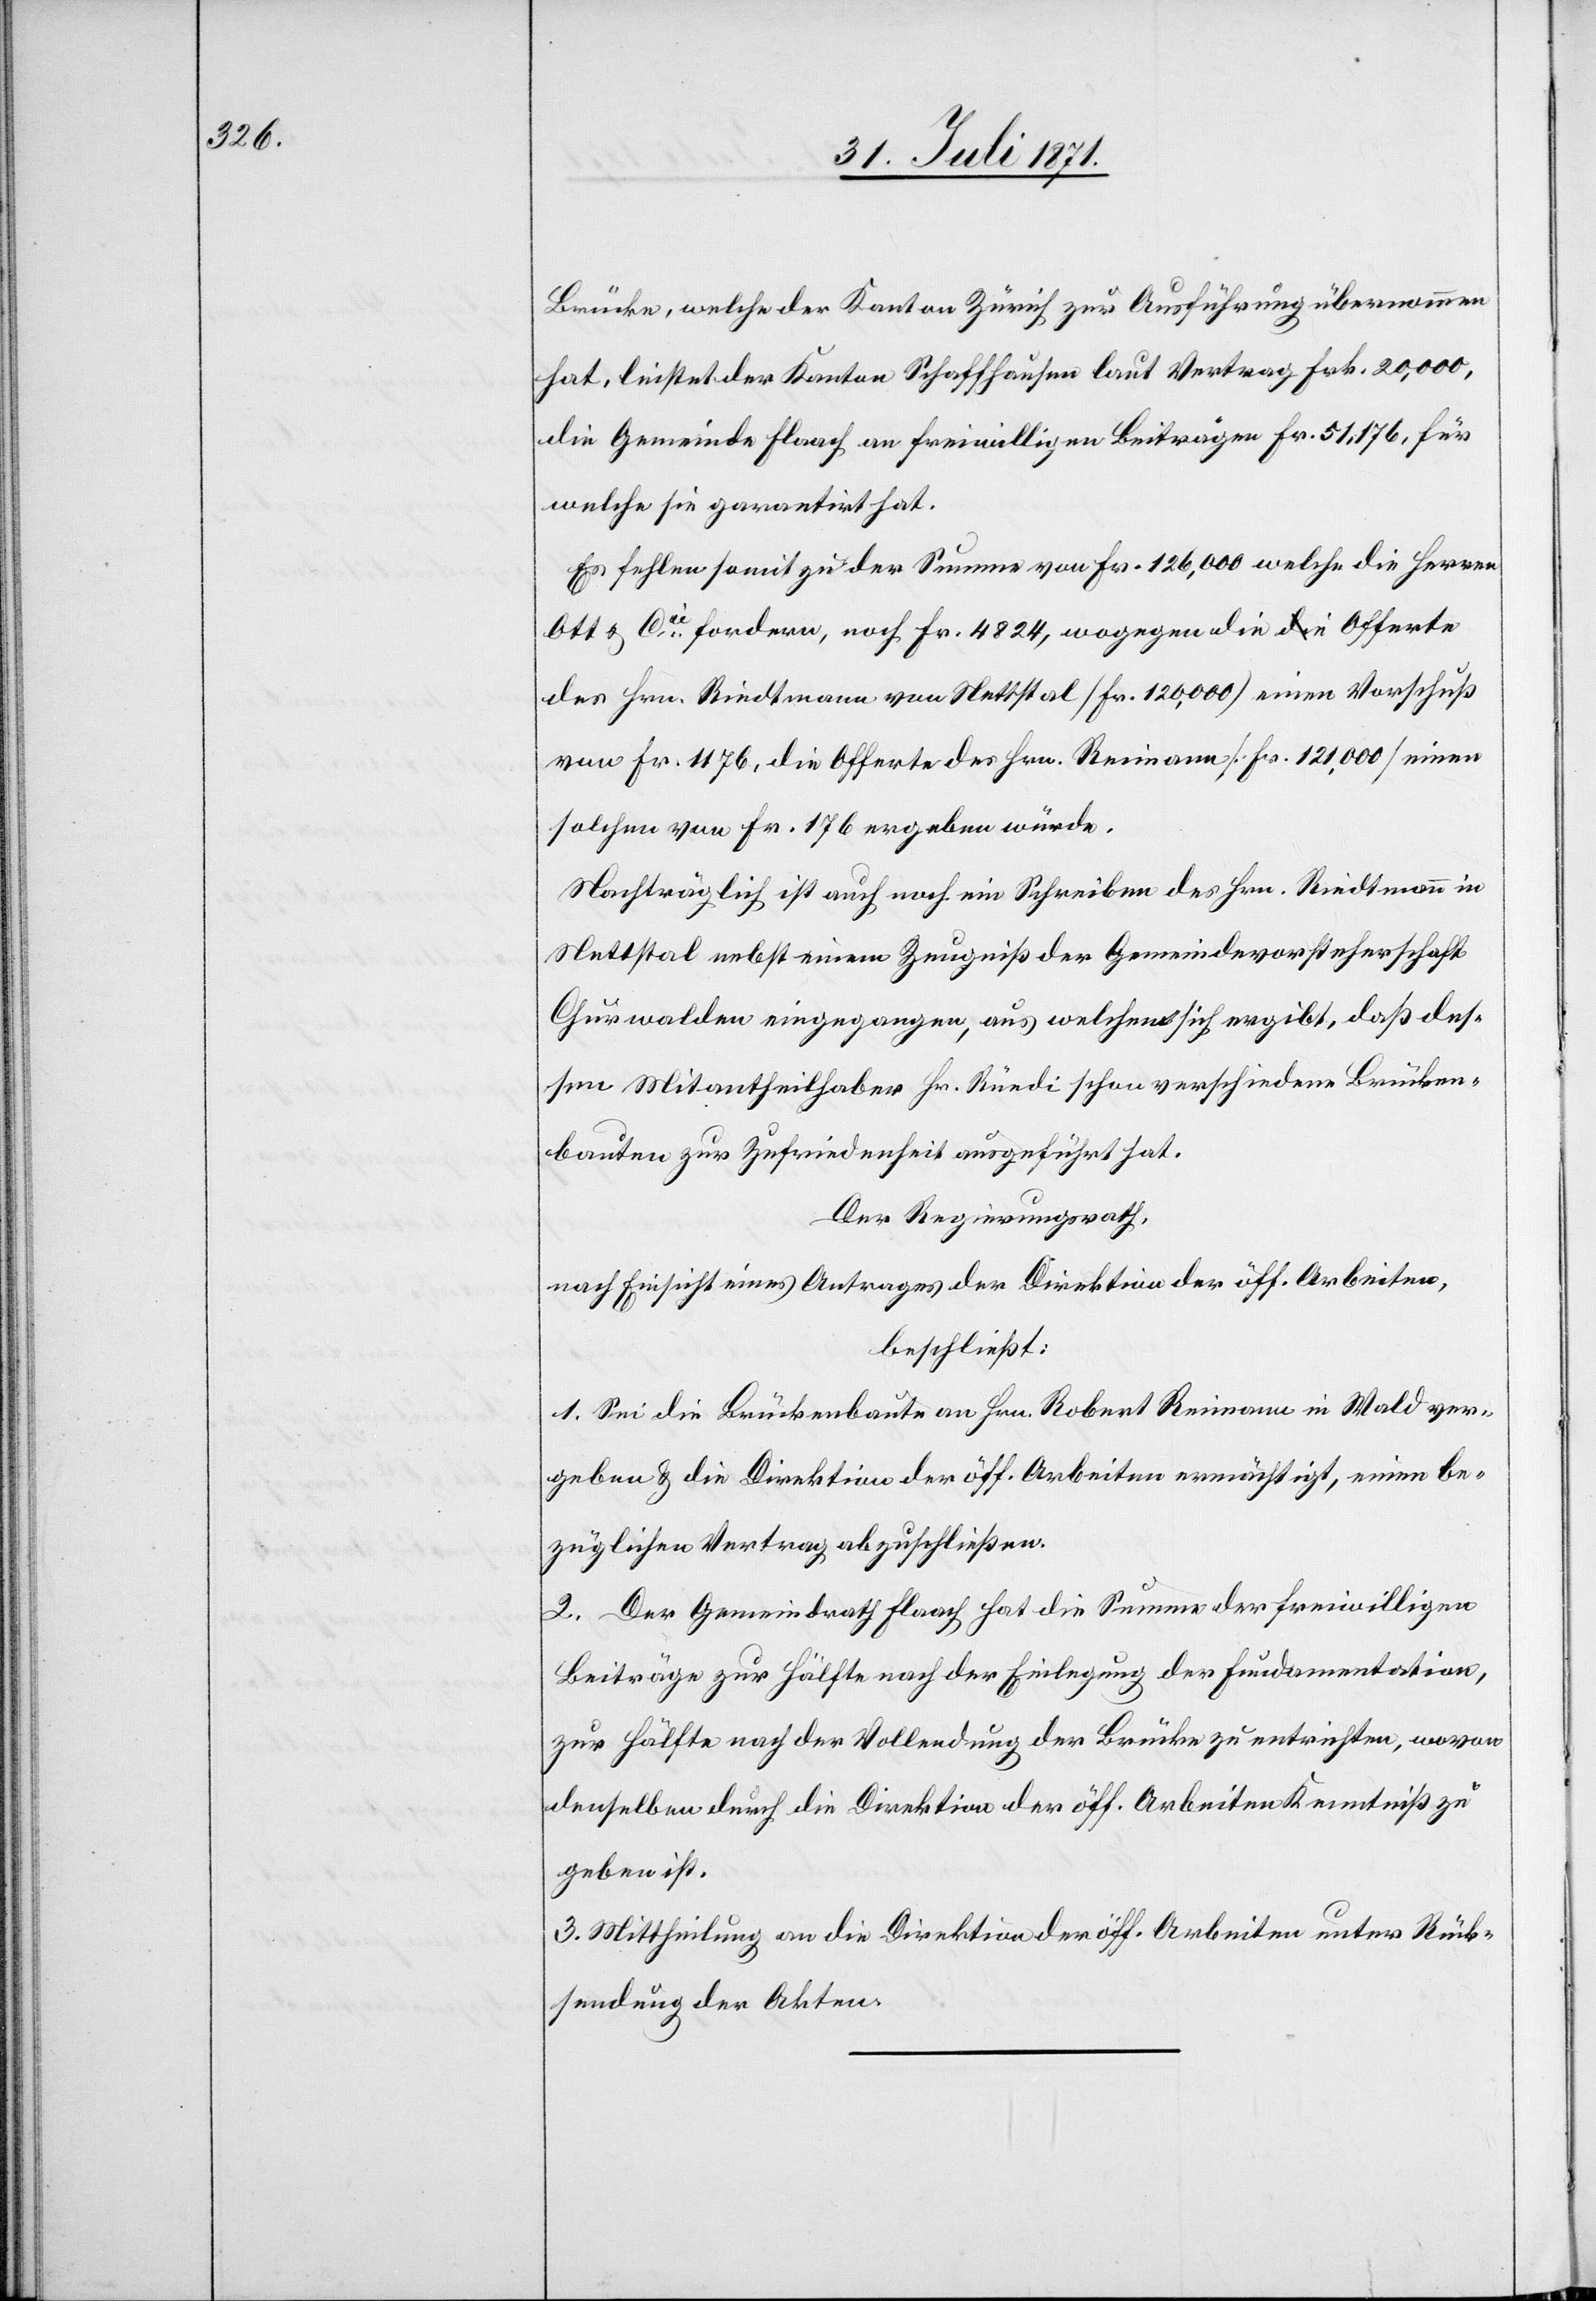
Brücke, welche der Kanton Zürich zur Ausführung übernommen
hat, leistet der Kanton Schaffhausen laut Vertrag Frk. 20,000,
die Gemeinde Flaach an freiwilligen Beiträgen Fr. 51,176, für
welche sie garantirt hat.
Es fehlen somit zu der Summe von Fr. 126,000 welche die Herren
Ott u. Cie. fordern, noch Fr. 4824, wogegen die Offerte
des Hrn. Riedtmann [sic!] von Nettstal [Fr. 120,000] einen Vorschuß
von Fr. 1176, die Offerte des Hrn. Reimann [Fr. 121,000] einen
solchen von Fr. 176 ergeben würde.
Nachträglich ist auch noch ein Schreiben des Hrn. Riedtmann in
Nettstal nebst einem Zeugniß der Gemeindevorsteherschaft
Churwalden eingegangen, aus welchem sich ergibt, daß des¬
sen Mitantheilhaber Hr. Rüedi schon verschiedene Brücken¬
bauten zur Zufriedenheit ausgeführt hat.
Der Regierungsrath,
nach Einsicht eines Antrages der Direktion der öff. Arbeiten,
beschließt:
1. Sei die Brückenbaute an Hrn. Robert Reimann in Wald ver¬
geben u. die Direktion der öff. Arbeiten ermächtigt, einen be¬
züglichen Vertrag abzuschließen.
2. Der Gemeindrath Flaach hat die Summe der freiwilligen
Beiträge zur Hälfte nach der Einlegung der Fundamentation,
zur Hälfte nach der Vollendung der Brücke zu entrichten, wovon
denselben durch die Direktion der öff. Arbeiten Kenntniß zu
geben ist.
3. Mittheilung an die Direktion der öff. Arbeiten unter Rück¬
sendung der Akten.